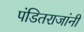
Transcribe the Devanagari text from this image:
पंडितराजांनी